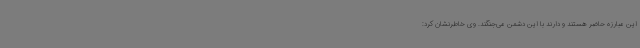
این مبارزه حاضر هستند و دارند با این دشمن می‌جنگند. وی خاطرنشان کرد: